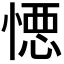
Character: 𭞋